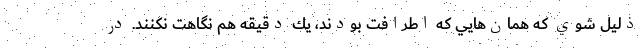
ذليل شوي كه همان‌هايي كه اطرافت بودند، يك دقيقه هم نگاهت نكنند. در